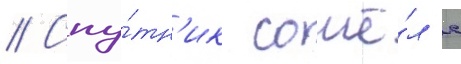
// Спу́тн'ик сошё́л с